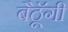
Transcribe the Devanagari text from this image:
बैठॅूगी